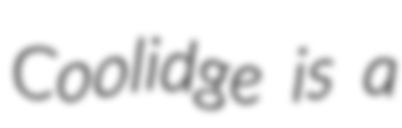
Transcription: Coolidge is a